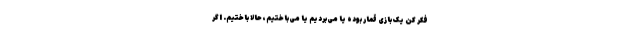
فکر کن یک بازی قمار بوده یا می‌بردیم یا می‌باختیم، حالا باختیم. اگر